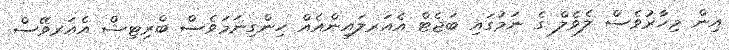
އިން މިހާރުވެސް ލެވެލް ގެ ނަމުގައި ބަޖެޓް އެެއަރލައިންއެއް ހިންގިނަމަވެސް ބްރިޓިޝް އެއަރވޭސް